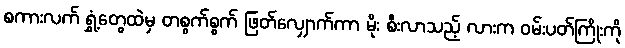
စကားလက် ရွှံ့တွေထဲမှ တစွက်စွက် ဖြတ်လျှောက်ကာ မိုး စီးလာသည့် လားက ဝမ်းပတ်ကြိုးကို